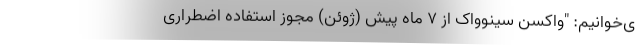
ی‌خوانیم: "واکسن سینوواک از 7 ماه پیش (ژوئن) مجوز استفاده اضطراری